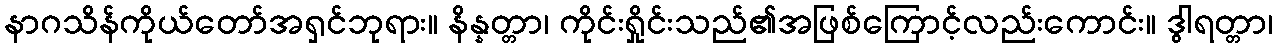
နာဂသိန်ကိုယ်တော်အရှင်ဘုရား။ နိန္နတ္တာ၊ ကိုင်းရှိုင်းသည်၏အဖြစ်ကြောင့်လည်းကောင်း။ ဒွါရတ္တာ၊